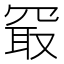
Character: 𪞔